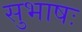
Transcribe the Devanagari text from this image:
सुभाषः